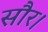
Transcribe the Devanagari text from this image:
सौर।